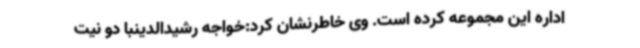
اداره این مجموعه کرده است. وی خاطرنشان کرد:خواجه رشیدالدینبا دو نیت